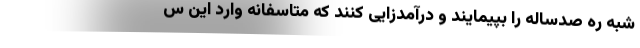
شبه ره صدساله را بپیمایند و درآمدزایی کنند که متاسفانه وارد این س